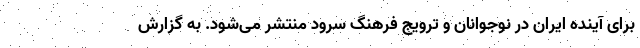
برای آینده ایران در نوجوانان و ترویج فرهنگ سرود منتشر می‌شود. به گزارش